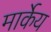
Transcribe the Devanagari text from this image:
मार्केय